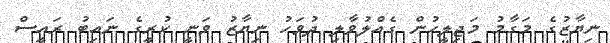
ނިޔާޒުގެ މަގާމު މަޖިލީހުން ގެއްލުވާލި ދުވަހު ނިޔާޒު ވަނީ ކުރީގެ ނައިބު ރައީސް